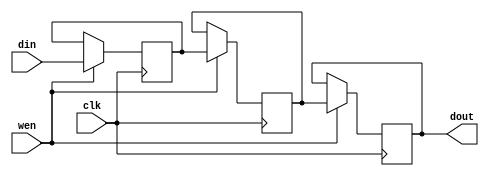
module fifo226 (clk, wen, din, dout);
	parameter WIDTH = 4'b1000;
    input clk; 
    input wen; 
    input[WIDTH - 1:0] din; 
    output[WIDTH - 1:0] dout; 
    reg[WIDTH - 1:0] dout;
    reg[WIDTH-1:0]buff1; 
    reg[WIDTH-1:0]buff2; 
    always @(posedge clk)
    begin
		if (wen == 1'b1)
		begin
			buff1 <= din;
			buff2 <= buff1;
			dout <= buff2;
		end
	end
endmodule